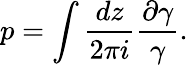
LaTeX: p=\int{\frac{dz}{2\pi i}}{\frac{\partial\gamma}{\gamma}}.